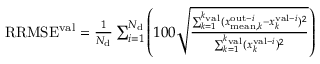
\begin{array} { r } { \mathrm { R R M S E ^ { v a l } } = \frac { 1 } { N _ { \mathrm { d } } } \sum _ { i = 1 } ^ { N _ { \mathrm { d } } } \left( 1 0 0 \sqrt { \frac { \sum _ { k = 1 } ^ { k _ { \mathrm { v a l } } } ( x _ { \mathrm { m e a n } , k } ^ { \mathrm { o u t } - i } - x _ { k } ^ { \mathrm { v a l } - i } ) ^ { 2 } } { \sum _ { k = 1 } ^ { k _ { \mathrm { v a l } } } ( x _ { k } ^ { \mathrm { v a l } - i } ) ^ { 2 } } } \right) } \end{array}